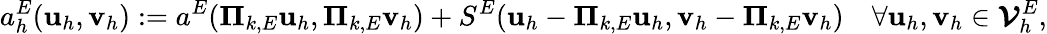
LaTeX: a_{h}^{E}(\textbf{u}_{h},\textbf{v}_{h}):=a^{E}(\boldsymbol{\Pi}_{k,E}\textbf{u}_{h},\boldsymbol{\Pi}_{k,E}\textbf{v}_{h})+S^{E}(\textbf{u}_{h}-\boldsymbol{\Pi}_{k,E}\textbf{u}_{h},\textbf{v}_{h}-\boldsymbol{\Pi}_{k,E}\textbf{v}_{h})\quad\forall\textbf{u}_{h},\textbf{v}_{h}\in\boldsymbol{\mathcal{V}}_{h}^{E},